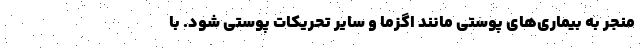
منجر به بیماری‌های پوستی مانند اگزما و سایر تحریکات پوستی شود. با